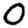
Digit: 0